Vaccination in Bombay 1869-1873 - 1869-1873
Year: 1869
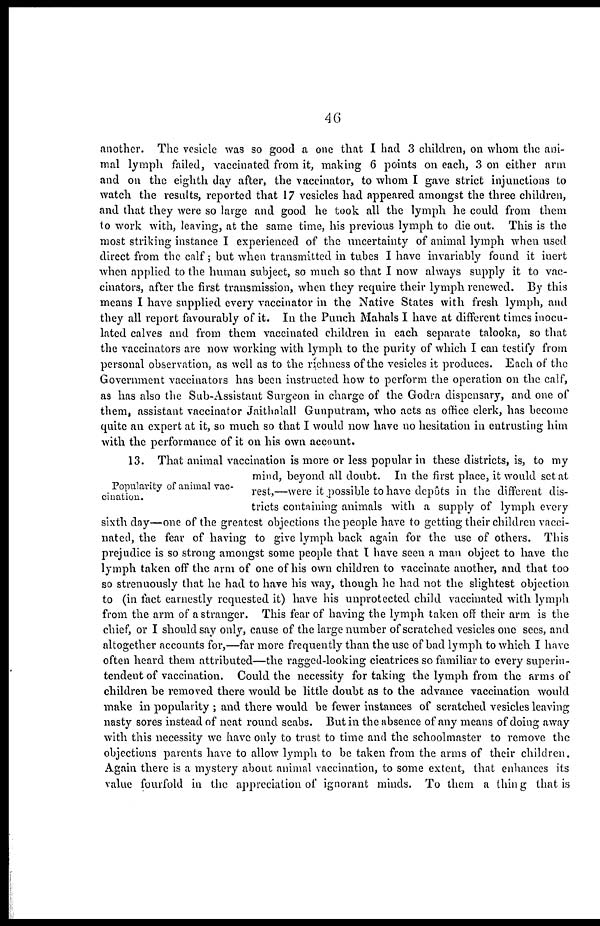
46
another. The vesicle was so good a one that I had 3 children, on whom the ani-
mal lymph failed, vaccinated from it, making 6 points on each, 3 on either arm
and on the eighth day after, the vaccinator, to whom I gave strict injunctions to
watch the results, reported that 17 vesicles had appeared amongst the three children,
and that they were so large and good he took all the lymph he could from them
to work with, leaving, at the same time, his previous lymph to die out. This is the
most striking instance I experienced of the uncertainty of animal lymph when used
direct from the calf; but when transmitted in tubes I have invariably found it inert
when applied to the human subject, so much so that I now always supply it to vac-
cinators, after the first transmission, when they require their lymph renewed. By this
means I have supplied every vaccinator in the Native States with fresh lymph, and
they all report favourably of it. In the Punch Mahals I have at different times inocu-
lated calves and from them vaccinated children in each separate talooka, so that
the vaccinators are now working with lymph to the purity of which I can testify from
personal observation, as well as to the richness of the vesicles it produces. Each of the
Government vaccinators has been instructed how to perform the operation on the calf,
as has also the Sub-Assistant Surgeon in charge of the Godra dispensary, and one of
them, assistant vaccinator Jaithalall Gunputram, who acts as office clerk, has become
quite an expert at it, so much so that I would now have no hesitation in entrusting him
with the performance of it on his own account.
Popularity of animal vac-
cination.
13. That animal vaccination is more or less popular in these districts, is, to my
mind, beyond all doubt. In the first place, it would set at
rest,—were it possible to have depôts in the different dis-
tricts containing animals with a supply of lymph every
sixth day—one of the greatest objections the people have to getting their children vacci-
nated, the fear of having to give lymph back again for the use of others. This
prejudice is so strong amongst some people that I have seen a man object to have the
lymph taken off the arm of one of his own children to vaccinate another, and that too
so strenuously that he had to have his way, though he had not the slightest objection
to (in fact earnestly requested it) have his unprotected child vaccinated with lymph
from the arm of a stranger. This fear of having the lymph taken off their arm is the
chief, or I should say only, cause of the large number of scratched vesicles one sees, and
altogether accounts for,—far more frequently than the use of bad lymph to which I have
often heard them attributed—the ragged-looking cicatrices so familiar to every superin-
tendent of vaccination. Could the necessity for taking the lymph from the arms of
children be removed there would be little doubt as to the advance vaccination would
make in popularity ; and there would be fewer instances of scratched vesicles leaving
nasty sores instead of neat round scabs. But in the absence of any means of doing away
with this necessity we have only to trust to time and the schoolmaster to remove the
objections parents have to allow lymph to be taken from the arms of their children.
Again there is a mystery about animal vaccination, to some extent, that enhances its
value fourfold in the appreciation of ignorant minds. To them a thing that is